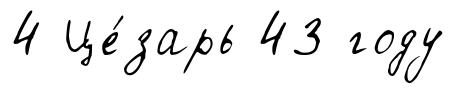
4 Це́зарь 43 году